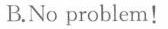
B.No problem!